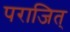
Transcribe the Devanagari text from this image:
पराजित्